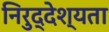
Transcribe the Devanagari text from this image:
निरुद्देश्यता